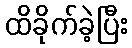
ထိခိုက်ခဲ့ပြီး